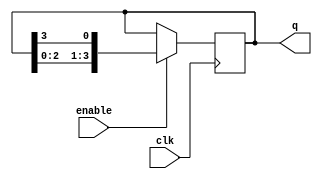
module ring_counter #(
    parameter N = 4 // Number of flip-flops
)(
    input wire clk,       // Clock signal
    input wire enable,    // Enable signal for the counter
    output reg [N-1:0] q // Output state of the counter
);

// Initial state of the counter
initial begin
    q = 1'b1; // Start with the first flip-flop set to '1'
end

// Sequential logic to update the ring counter
always @(posedge clk) begin
    if (enable) begin
        q <= {q[N-2:0], q[N-1]}; // Shift the '1' to the right
    end
end

endmodule